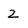
Character: 2